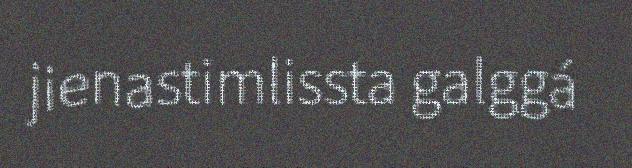
jienastimlissta galggá